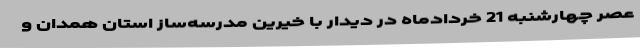
عصر چهارشنبه 21 خردادماه در دیدار با خیرین مدرسه‌ساز استان همدان و